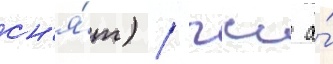
сн'я́т) / гсс а́